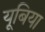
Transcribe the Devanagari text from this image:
यूबिया